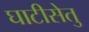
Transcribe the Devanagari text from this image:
घाटीसेतु